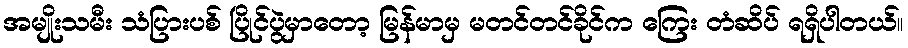
အမျိုးသမီး သံပြားပစ် ပြိုင်ပွဲမှာတော့ မြန်မာမှ မတင်တင်ခိုင်က ကြေး တံဆိပ် ရရှိပါတယ်။